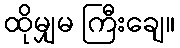
ထိုမျှမ ကြီးချေ။